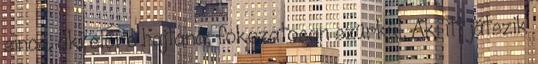
sincs, aki előre hajtaná, fokozatosan szürkül. Aki itt játszik